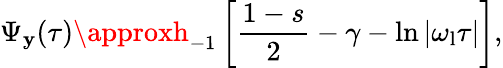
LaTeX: \Psi_{\mathbf{y}}(\tau)\approxh_{-1}\left[\frac{{1-s}}{{2}}-\gamma-\ln{|\omega_{\mathrm{{l}}}\tau|}\right],